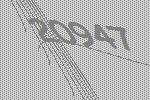
20947